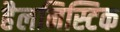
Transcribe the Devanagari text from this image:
हैलनिस्टिक